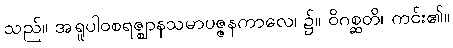
သည်။ အရူပါဝစရဇ္ဈာနသမာပဇ္ဇနကာလေ၊ ၌။ ဝိဂစ္ဆတိ၊ ကင်း၏။